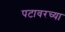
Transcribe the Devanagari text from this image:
पटावरच्या